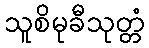
သူစိမုခီသုတ္တံ